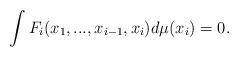
LaTeX: \begin{align*} \int F_i(x_1,...,x_{i-1},x_i)d\mu(x_i)=0. \end{align*}